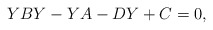
\begin{align*}YBY-YA-DY+C=0,\end{align*}